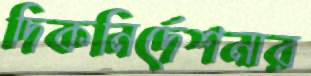
দিকনির্দেশনার